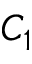
C _ { 1 }